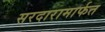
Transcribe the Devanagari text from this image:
सरदारामार्फत